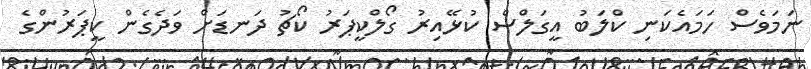
ނަމަވެސް ހަމައެކަނި ކްލަބު އީގަލްސް ކުޅޭއިރު ގޯލްކީޕަރު ކޯޗު ދަނޑަށް ވަދެގެން ކީޕަރުންގެ